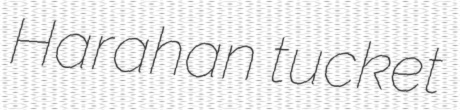
Harahan tucket